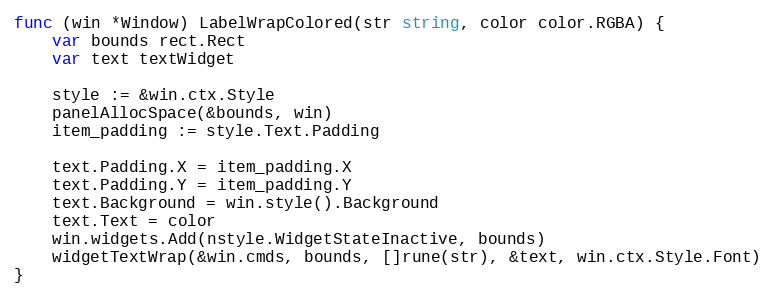
Language: Go
func (win *Window) LabelWrapColored(str string, color color.RGBA) {
	var bounds rect.Rect
	var text textWidget

	style := &win.ctx.Style
	panelAllocSpace(&bounds, win)
	item_padding := style.Text.Padding

	text.Padding.X = item_padding.X
	text.Padding.Y = item_padding.Y
	text.Background = win.style().Background
	text.Text = color
	win.widgets.Add(nstyle.WidgetStateInactive, bounds)
	widgetTextWrap(&win.cmds, bounds, []rune(str), &text, win.ctx.Style.Font)
}